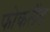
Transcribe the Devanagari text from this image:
फोकलैंड